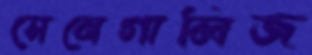
সেনেগালিজ